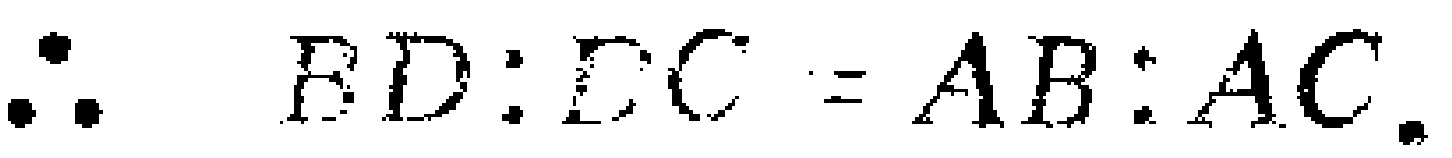
\(\therefore BD:DC = AB:AC.\)